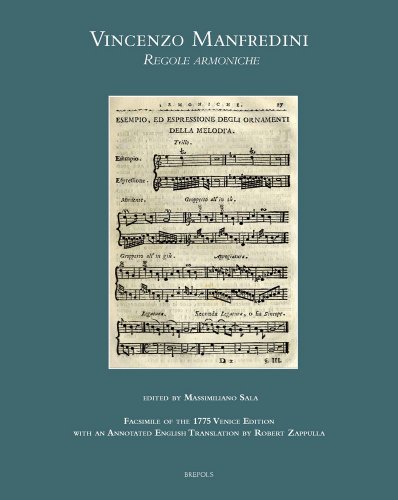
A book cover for Vincenzo Manfredini, Regole armoniche: Fac-simile of the 1775 Venice edition, with an annotated English translation by Robert Zappulla (Musical Treatises); Robert Zappulla (Translator); Arts & Photography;